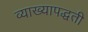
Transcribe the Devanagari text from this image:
व्याख्यापद्धती